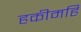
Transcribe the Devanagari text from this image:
हकीमहि